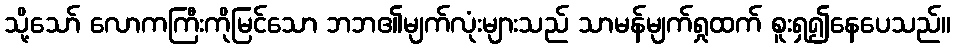
သို့သော် လောကကြီးကိုမြင်သော ဘဘ၏မျက်လုံးများသည် သာမန်မျက်ရှုထက် စူးရှ၍နေပေသည်။